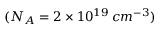
( N _ { A } = 2 \times 1 0 ^ { 1 9 } \, c m ^ { - 3 } )